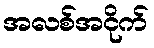
အလစ်အငိုက်